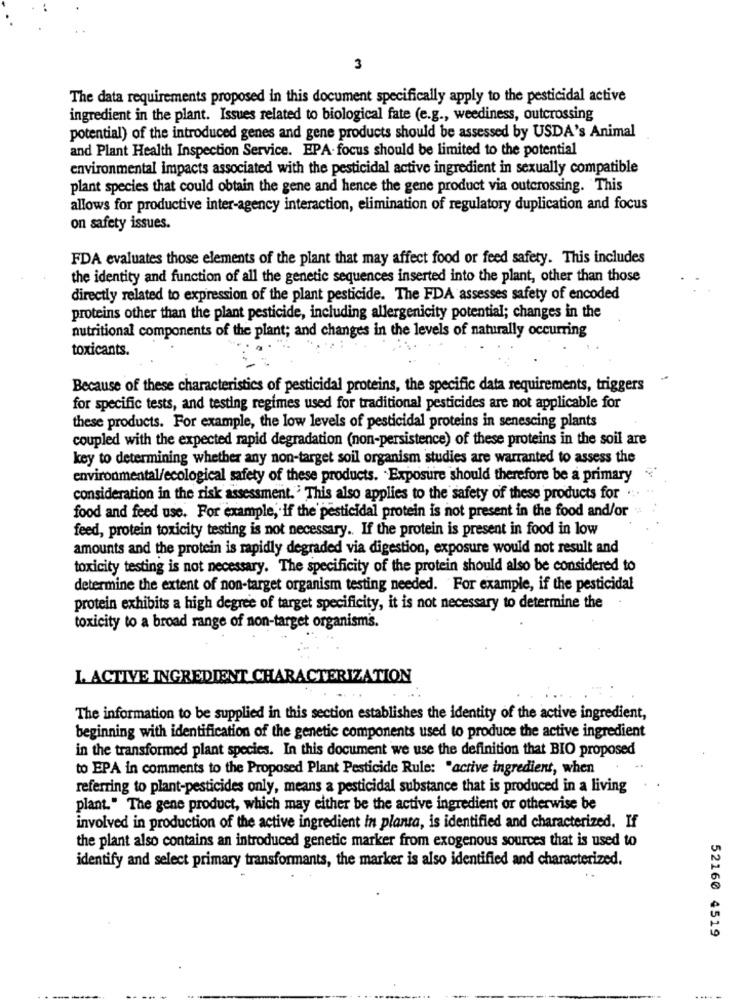
3
The data requirements proposed in this document specifically apply to the pesticidal active
ingredient in the plant. Issues related to biological fate (e.g ., weediness, outcrossing
potential) of the introduced genes and gene products should be assessed by USDA's Animal
and Plant Health Inspection Service. EPA. focus should be limited to the potential
environmental impacts associated with the pesticidal active ingredient in sexually compatible
plant species that could obtain the gene and hence the gene product via outcrossing. This
allows for productive inter-agency interaction, elimination of regulatory duplication and focus
on safety issues.
FDA evaluates those elements of the plant that may affect food or feed safety. This includes
the identity and function of all the genetic sequences inserted into the plant, other than those
directly related to expression of the plant pesticide. The FDA assesses safety of encoded
proteins other than the plant pesticide, including allergenicity potential; changes in the
nutritional components of the plant; and changes in the levels of naturally occurring
toxicants.
Because of these characteristics of pesticidal proteins, the specific data requirements, triggers
for specific tests, and testing regimes used for traditional pesticides are not applicable for
these products. For example, the low levels of pesticidal proteins in senescing plants
coupled with the expected rapid degradation (non-persistence) of these proteins in the soil are
key to determining whether any non-target soil organism studies are warranted to assess the
environmental/ecological safety of these products. Exposure should therefore be a primary
consideration in the risk assessment. ' This also applies to the safety of these products for ..
food and feed use. For example, if the pesticidal protein is not present in the food and/or
feed, protein toxicity testing is not necessary .. If the protein is present in food in low
amounts and the protein is rapidly degraded via digestion, exposure would not result and
toxicity testing is not necessary. The specificity of the protein should also be considered to
determine the extent of non-target organism testing needed. For example, if the pesticidal
protein exhibits a high degree of target specificity, it is not necessary to determine the
toxicity to a broad range of non-target organisms.
L ACTIVE INGREDIENT CHARACTERIZATION
The information to be supplied in this section establishes the identity of the active ingredient,
beginning with identification of the genetic components used to produce the active ingredient
in the transformed plant species. In this document we use the definition that BIO proposed
to EPA in comments to the Proposed Plant Pesticide Rule: "active ingredient, when
referring to plant-pesticides only, means a pesticidal substance that is produced in a living
plant." The gene product, which may either be the active ingredient or otherwise be
involved in production of the active ingredient in planta, is identified and characterized. If
the plant also contains an introduced genetic marker from exogenous sources that is used to
identify and select primary transformants, the marker is also identified and characterized.
52160 4519